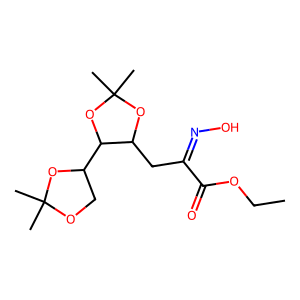
SMILES: CCOC(=O)C(CC1OC(C)(C)OC1C1COC(C)(C)O1)=NO
Inhibits HIV replication: No